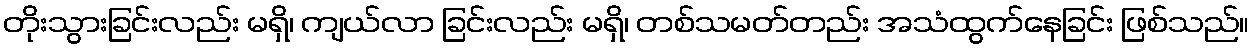
တိုးသွားခြင်းလည်း မရှိ၊ ကျယ်လာ ခြင်းလည်း မရှိ၊ တစ်သမတ်တည်း အသံထွက်နေခြင်း ဖြစ်သည်။